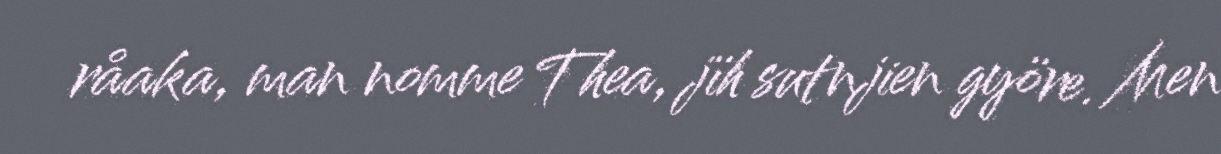
råaka, man nomme Thea, jïh sutnjien györe. Men